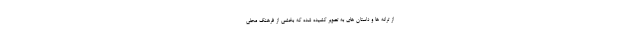
از ترانه ها و داستان های به تصویر کشیده شده که بخشی از فرهنگ محلی